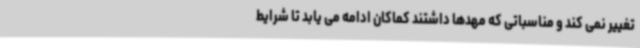
تغییر نمی کند و مناسباتی که مهدها داشتند کماکان ادامه می یابد تا شرایط